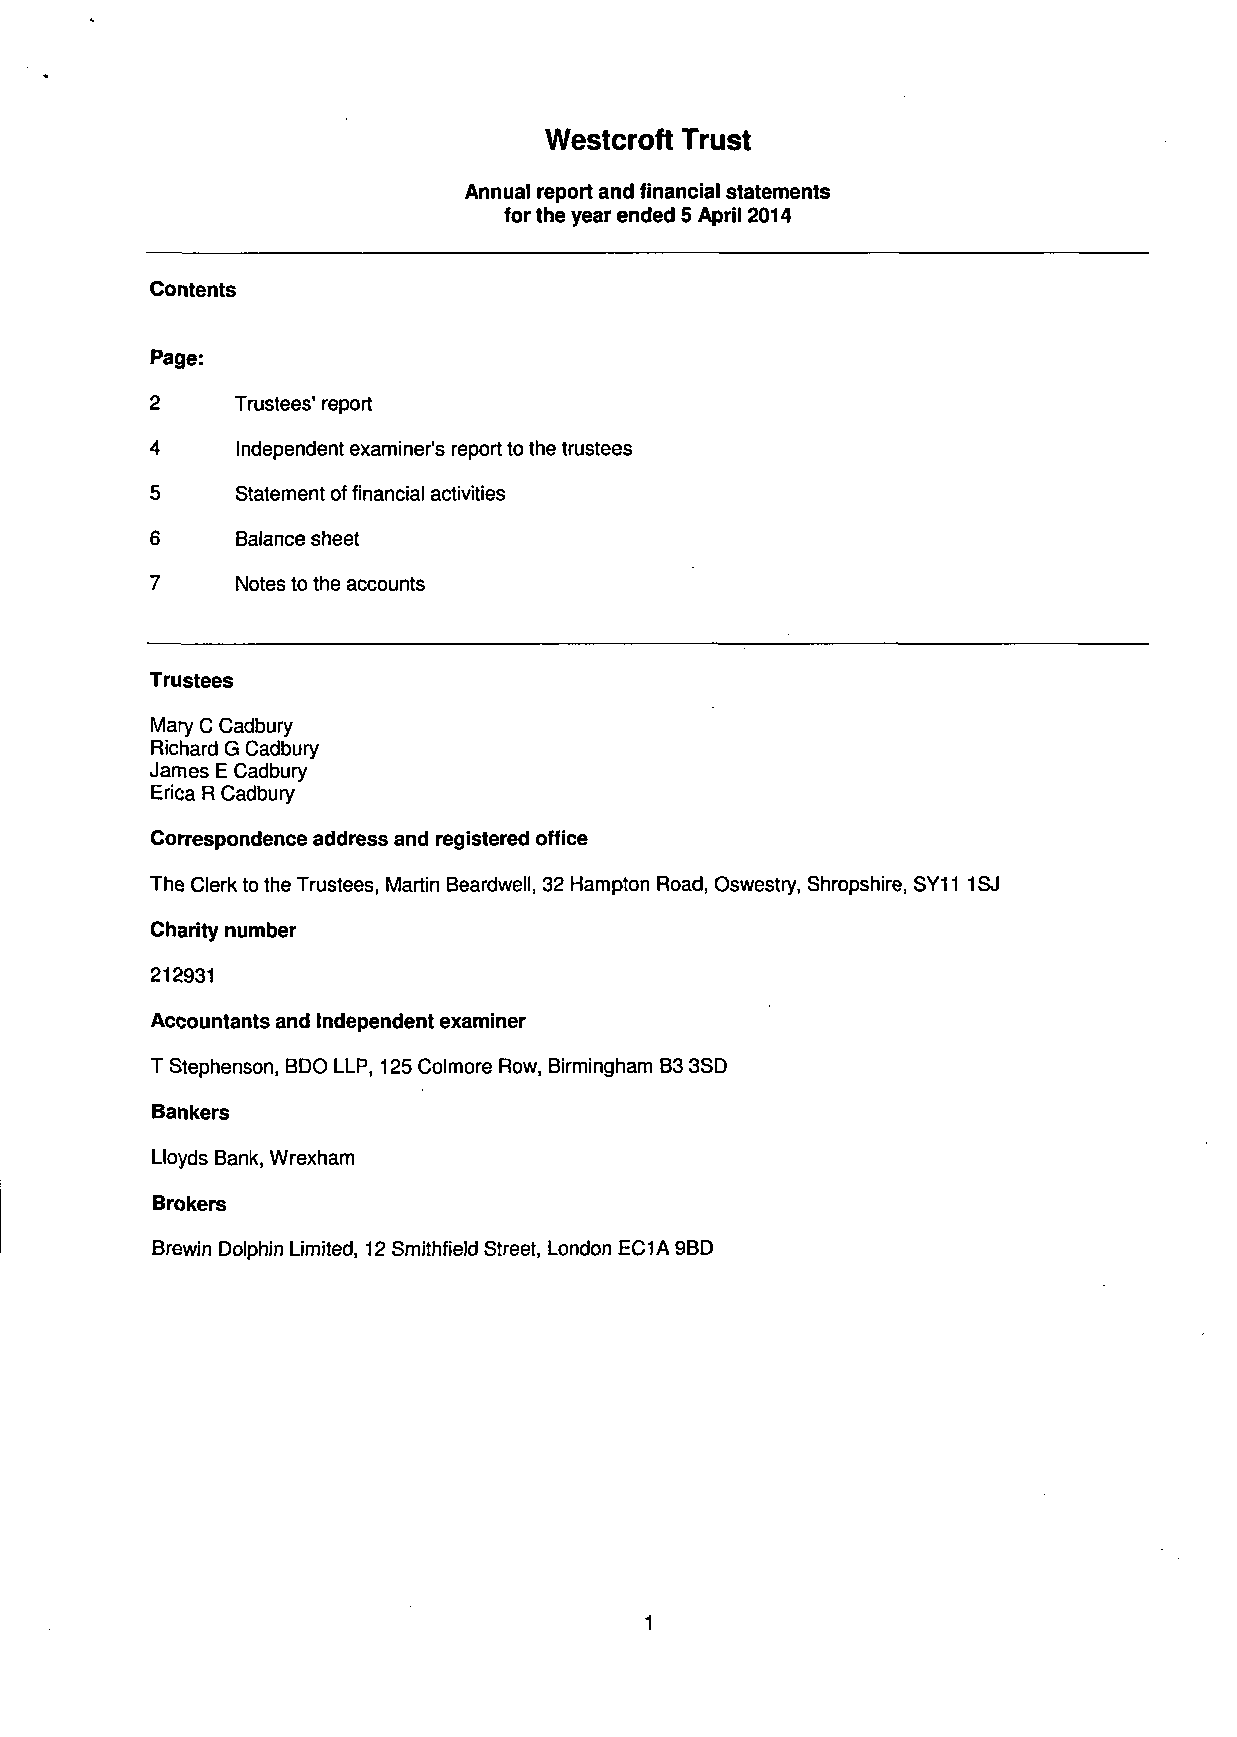
Westcroft Trust
 Annual report and financial statements
 for the year ended 5 April 2014
 Contents
 Page:
 2     Trustees' report
 4     Independent examiner's report to the trustees
 5     Statement of financial activities
 6     Balance sheet
 7     Notes to the accounts
 Trustees
 Mary C Cadbury
 Richard G Cadbury
 James E Cadbury
 Erica R Cadbury
 Correspondence address and registered office
 The Clerk to the Trustees, Martin Beardwell, 32 Hampton Road, Oswestry, Shropshire, SY11 1SJ
 Charity number
 212931
 Accountants and Independent examiner
 T Stephenson, BDO LLP, 125 Colmore Row, Birmingham B3 3SD
 Bankers
 Lloyds Bank, Wrexham
 Brokers
 Brewin Dolphin Limited, 12 Smithfield Street, London EC1A 9BD
 1